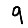
Digit: 9